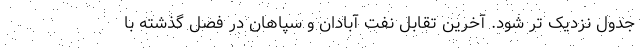
جدول نزدیک تر شود. آخرین تقابل نفت آبادان و سپاهان در فصل گذشته با